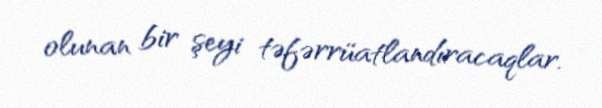
olunan bir şeyi təfərrüatlandıracaqlar.